Source: Handwritten
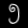
Digit: ၅ (5)